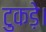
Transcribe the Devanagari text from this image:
टुकड़े।